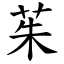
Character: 茱